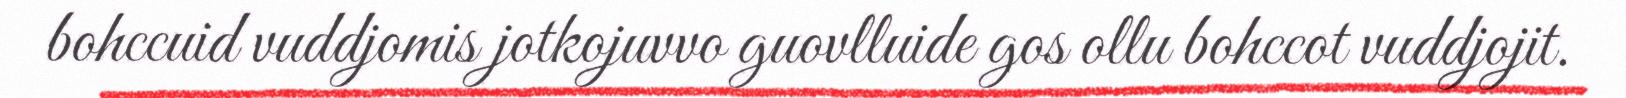
bohccuid vuddjomis jotkojuvvo guovlluide gos ollu bohccot vuddjojit.